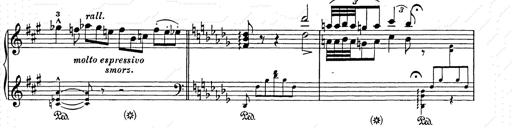
Title: Berceuse
Composer: Lucien Wurmser
Key: A major